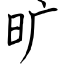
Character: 旷